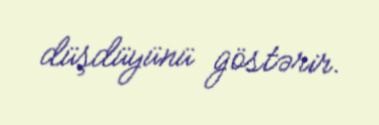
düşdüyünü göstərir.